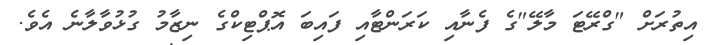
އިތުރަށް "ގްރޭޓަ މާލޭ"ގެ ފެނާއި ކަރަންޓާއި ފައިބަ އޮޕްޓިކްގެ ނިޒާމު ގުޅުވާލާނެ އެވެ.